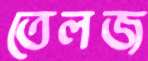
তেলজ